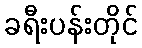
ခရီးပန်းတိုင်